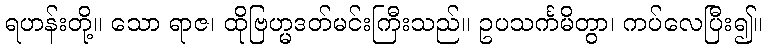
ရဟန်းတို့။ သော ရာဇ၊ ထိုဗြဟ္မဒတ်မင်းကြီးသည်။ ဥပသင်္ကမိတွာ၊ ကပ်လေပြီး၍။